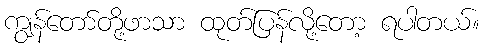
ကျွန်တော်တို့ဖာသာ ထုတ်ပြန်လို့တော့ ရပါတယ်။